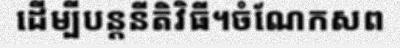
ដើម្បីបន្តនីតិវិធី។ចំណែកសព